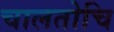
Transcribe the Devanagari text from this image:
चालतोचि